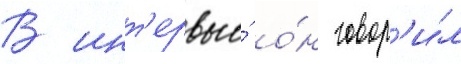
В инт'ервью́ о́н говор'и́л